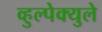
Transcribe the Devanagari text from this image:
व्हुल्पेक्युले